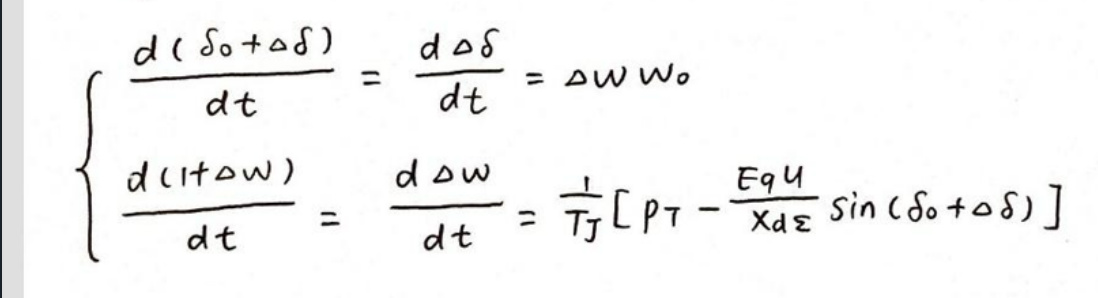
\[
\left\{
\begin{array}{l}
\frac{d(\delta_0 + \Delta\delta)}{dt} = \frac{d\Delta\delta}{dt} = \Delta\omega\omega_0 \\
\frac{d(1 + \Delta\omega)}{dt} = \frac{d\Delta\omega}{dt} = \frac{1}{T_J}\left[P_T - \frac{E_qU}{X_{d\Sigma}}\sin(\delta_0 + \Delta\delta)\right]
\end{array}
\right.
\]